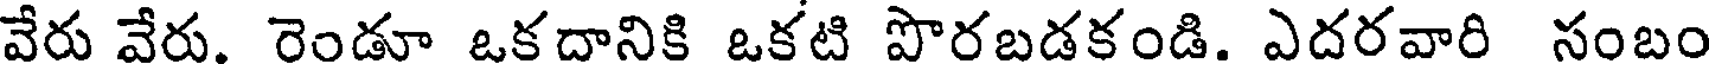
వేరు వేరు. రెండూ ఒకదానికి ఒకటి పొరబడకండి. ఎదరవారి సంబం